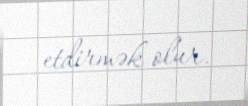
etdirmək olur.